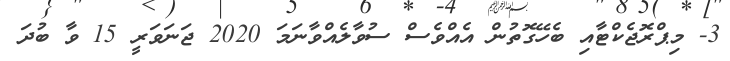
3- މިޕްރޮޖެކްޓާއި ބެހޭގޮތުން އެއްވެސް ސުވާލެއްވާނަމަ 2020 ޖަނަވަރީ 15 ވާ ބުދަ